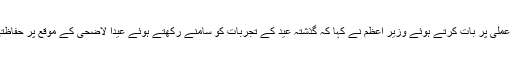
عیدالضحیٰ کے حوالے سے مرتب کی جانے والی حکمت عملی پر بات کرتے ہوئے وزیرِ اعظم نے کہا کہ گذشتہ عید کے تجربات کو سامنے رکھتے ہوئے عیدا لاضحی کے موقع پر حفاظتی اقدامات اور ایس او پیز پر سختی سے عمل کرایا جائے۔